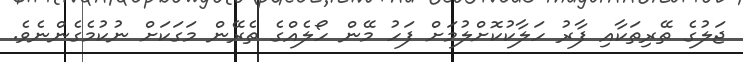
ޖަލުގެ ތޭރިތަކާއި ފާރު ހަލާކުކޮށްލުމަށް ފަހު މޭން ހޯލެއްގެ ތެރޭން މަގަކަށް ނުކުމެގެންނެވެ.